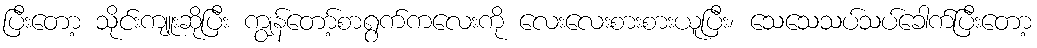
ပြီးတော့ သိုင်းကျူးဆိုပြီး ကျွန်တော့်စာရွက်ကလေးကို လေးလေးစားစားယူပြီး၊ သေသေသပ်သပ်ခေါက်ပြီးတော့